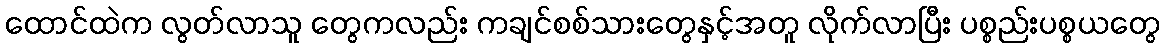
ထောင်ထဲက လွတ်လာသူ တွေကလည်း ကချင်စစ်သားတွေနှင့်အတူ လိုက်လာပြီး ပစ္စည်းပစ္စယတွေ